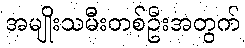
အမျိုးသမီးတစ်ဦးအတွက်